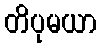
တိပုမယာ